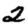
Digit: 2